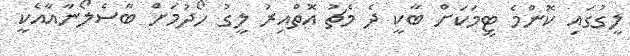
ލީގުގައި ކޮންމެ ޓީމަކަށް ބާކީ ދެ މެޗު އޮތްއިރު ލީގު ހޯދުމަށް ބާސެލޯނާއާއެކީ